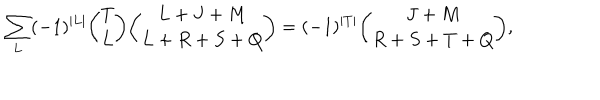
LaTeX: \sum _ { L } ( - 1 ) ^ { \vert L \vert } { \binom { T } { L } } { \binom { L + J + M } { L + R + S + Q } } = ( - 1 ) ^ { \vert T \vert } { \binom { J + M } { R + S + T + Q } } ,